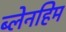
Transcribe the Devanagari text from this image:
ब्लेनहिम